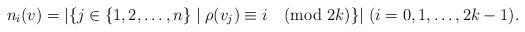
LaTeX: \begin{align*}n_i(v)=|\{j \in \{1,2,\ldots,n\}\mid\rho(v_j) \equiv i \pmod{2k} \}|\ (i=0,1,\ldots,2k-1).\end{align*}